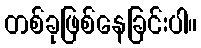
တစ်ခုဖြစ်နေခြင်းပါ။